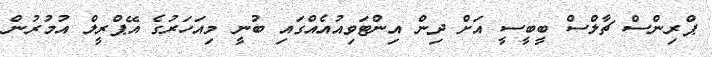
ޕްރިންސް ޗާލްސް ބީބީސީ އަށް ދިން އިންޓަވިއުއެއްގައި ބުނީ މިއަހަރުގެ އޭޕްރީލް އުމުރުން